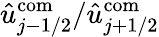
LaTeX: \hat{u}_{j-1/2}^{\mathrm{com}}/\hat{u}_{j+1/2}^{\mathrm{com}}